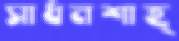
সাধনশাহ্